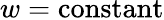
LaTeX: w=\mathrm{constant}